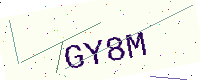
Text: GY8M